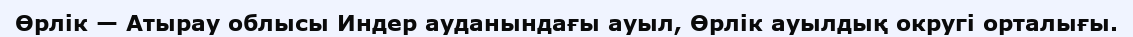
Өрлік — Атырау облысы Индер ауданындағы ауыл, Өрлік ауылдық округі орталығы.